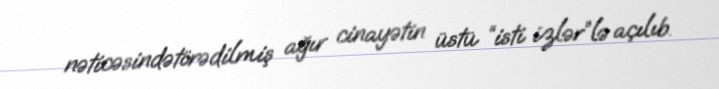
nəticəsindətörədilmiş ağır cinayətin üstü “isti izlər”lə açılıb.